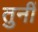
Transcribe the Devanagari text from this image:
तुनीं